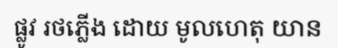
ផ្លូវ រថភ្លើង ដោយ មូលហេតុ យាន